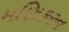
મણિકરન